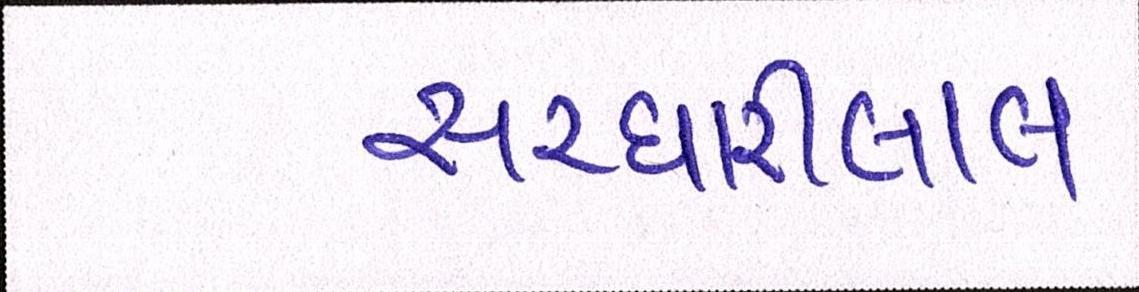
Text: સરધારીલાલ